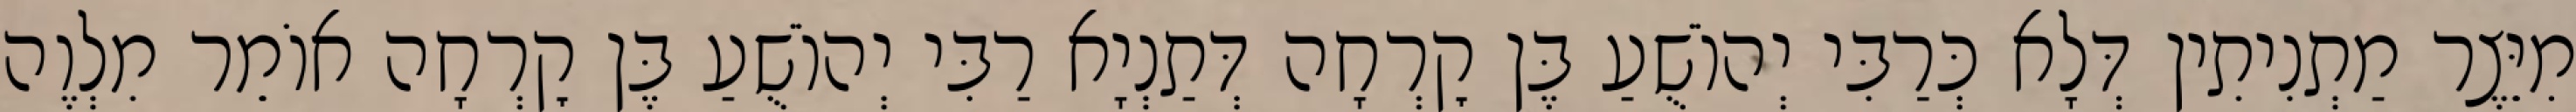
מִיֵּצֶר מַתְנִיתִין דְּלָא כְּרַבִּי יְהוֹשֻׁעַ בֶּן קׇרְחָה דְּתַנְיָא רַבִּי יְהוֹשֻׁעַ בֶּן קׇרְחָה אוֹמֵר מִלְוֶה